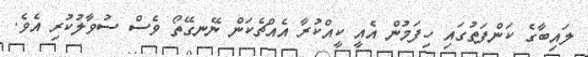
ލައިބާގެ ކަންފަތުގައި ހިފަމުން އެއީ ކީއްކުރާ އެއްޗެކަން ނޭނގޭތޯ ވެސް ސުވާލުކުރި އެވެ.